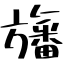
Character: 旛